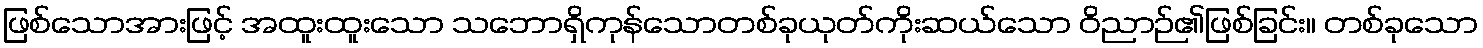
ဖြစ်သောအားဖြင့် အထူးထူးသော သဘောရှိကုန်သောတစ်ခုယုတ်ကိုးဆယ်သော ဝိညာဉ်၏ဖြစ်ခြင်း။ တစ်ခုသော